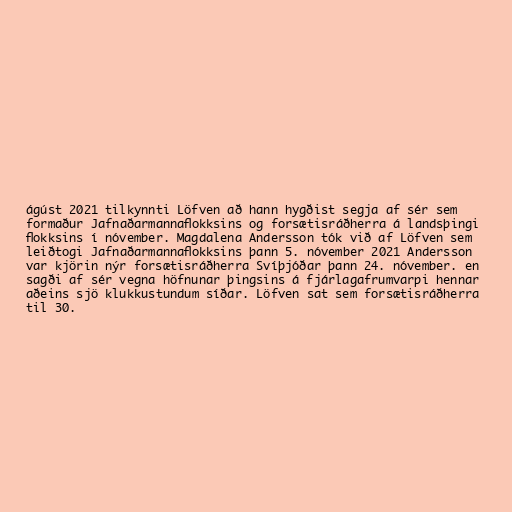
ágúst 2021 tilkynnti Löfven að hann hygðist segja af sér sem
formaður Jafnaðarmannaflokksins og forsætisráðherra á landsþingi
flokksins í nóvember. Magdalena Andersson tók við af Löfven sem
leiðtogi Jafnaðarmannaflokksins þann 5. nóvember 2021 Andersson
var kjörin nýr forsætisráðherra Svíþjóðar þann 24. nóvember. en
sagði af sér vegna höfnunar þingsins á fjárlagafrumvarpi hennar
aðeins sjö klukkustundum síðar. Löfven sat sem forsætisráðherra
til 30.